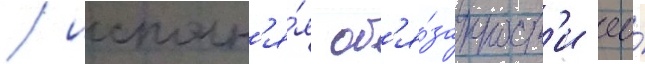
/ исполн'я́я об'я́занност'и ео́